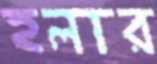
হলার